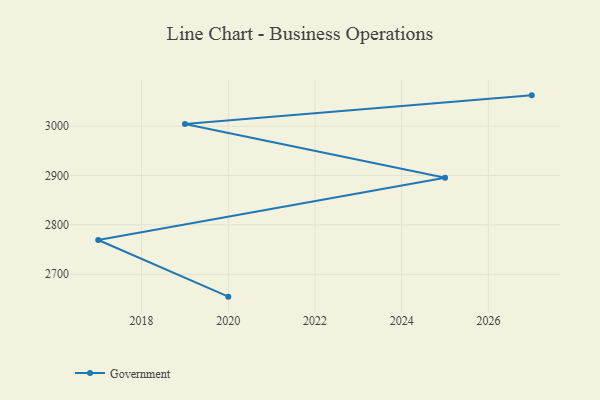
{"axis": {"x": "Year", "y": "Bounce Rate (%)"}, "legend": ["Government"], "data": [{"x": "2020", "y": 2654.7, "type": "Government"}, {"x": "2017", "y": 2769.4, "type": "Government"}, {"x": "2025", "y": 2895.3, "type": "Government"}, {"x": "2019", "y": 3004.1, "type": "Government"}, {"x": "2027", "y": 3062.3, "type": "Government"}]}